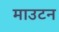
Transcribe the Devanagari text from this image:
माउटन